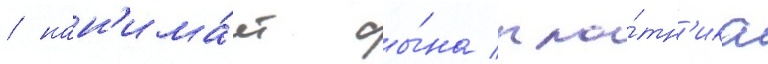
/ нан'има́ет сы́на пло́тн'ика